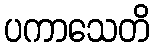
ပကာသေတိ